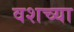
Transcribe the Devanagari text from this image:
वशच्या